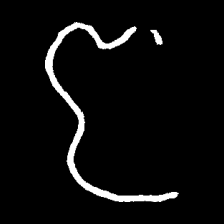
Pyu character \u2014 Myanmar letter: ဇ (romanized: ja)